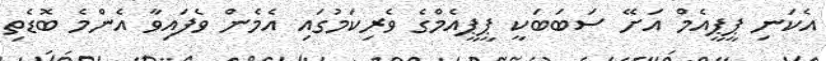
އެކަނި ޕީޕީއެމް އަށޭ ސަބަބަކީ ޕީޕީއެމްގެ ވެރިކަމުގައި އެމެން ވެފައިވާ އެންމެ ބޮޑެތި